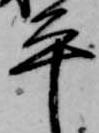
平